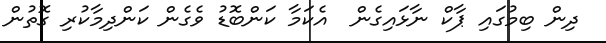
ދިން ބިމުގައި ޕާކް ނާޅައިގެން  އެކަމާ ކަންބޮޑު ވެގެން ކަންދިމާކުރި ގޮތުން